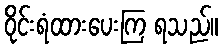
ဝိုင်းရံထားပေးကြ ရသည်။